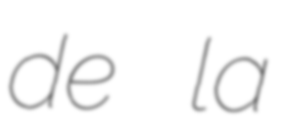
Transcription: de la